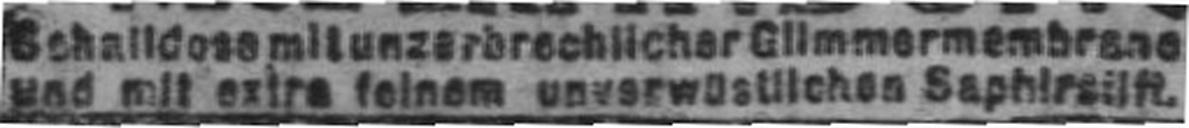
und mit extra feinem unverwüstlichen Saphirstift.